system: You are a helpful assistant.
user:
Analyze the provided spectrum to determine if it is a **"Cataclysmic Variables (CV)"**.

- **Key Indicators for CV (Check for either state):**
    - **State 1: Quiescent / Low-State (Emission-Dominated)**
        - **(Primary):** Strong and *very broad* Hydrogen Balmer emission lines (e.g., $H\alpha$ at 6563 Å, $H\beta$ at 4861 Å). The 'broadness' (high velocity dispersion, often FWHM > 1000 km/s) is the key diagnostic, indicating a high-velocity accretion disk.
        - **(Secondary):** Broad neutral Helium (He I) emission lines (e.g., 5876 Å, 6678 Å).
        - **(Key Confirmation):** Presence of high-excitation *ionized* Helium (He II) emission at 4686 Å. This is a strong indicator of accretion onto a white dwarf.
        - **(Line Profile):** Emission lines may exhibit a 'double-peaked' profile, which is a classic signature of a rotating accretion disk viewed at high inclination.

    - **State 2: Outburst / High-State (Absorption-Dominated)**
        - **(Primary):** Spectrum is dominated by a bright, blue continuum (looks like a hot star).
        - **(Secondary):** The emission lines from State 1 are weak, absent, or 'filled in', and are replaced by broad, shallow *absorption* lines (primarily Balmer and He I).
        - **(Morphology):** The overall spectrum mimics a hot B/A-type star. The crucial difference is that the absorption lines are significantly broader, shallower, and more 'washed-out' (or 'smeared') than the sharp lines of a normal stellar photosphere, due to high rotational speeds and pressure broadening in the disk.

Think first, call **spectral_visualization_tool** if needed to examine features in detail, then provide your final answer. Your response must adhere to the following strict rules:
1.  **Overall Structure:** Your response must follow the format `<think>...</think> <tool_call>...</tool_call> (if a tool is used) <answer>...</answer>`.
2.  **Tool Usage Constraint:** You may only make **one** tool call per turn.
3.  **Final Answer Format:** In the `<answer>` tag, your conclusion must be inside a `\boxed{}` command (e.g., `\boxed{YES}`), followed by your justification.

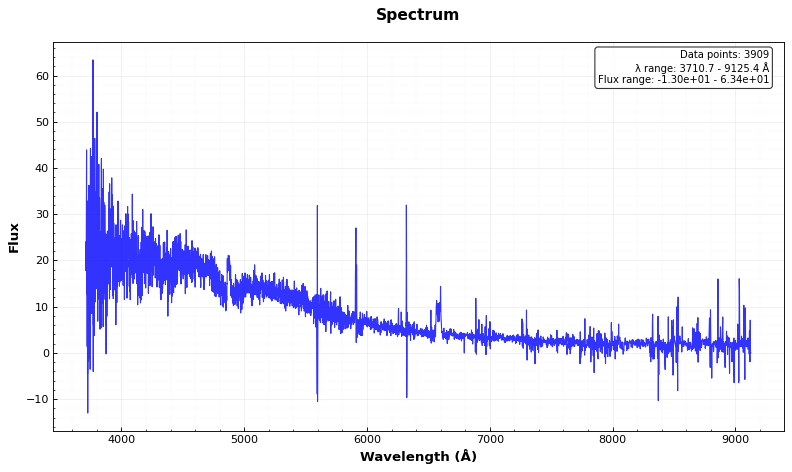
Answer: YES